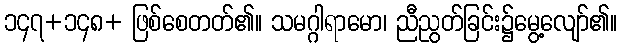
၁၄၇+၁၄၈+ ဖြစ်စေတတ်၏။ သမဂ္ဂါရာမော၊ ညီညွတ်ခြင်း၌မွေ့လျော်၏။